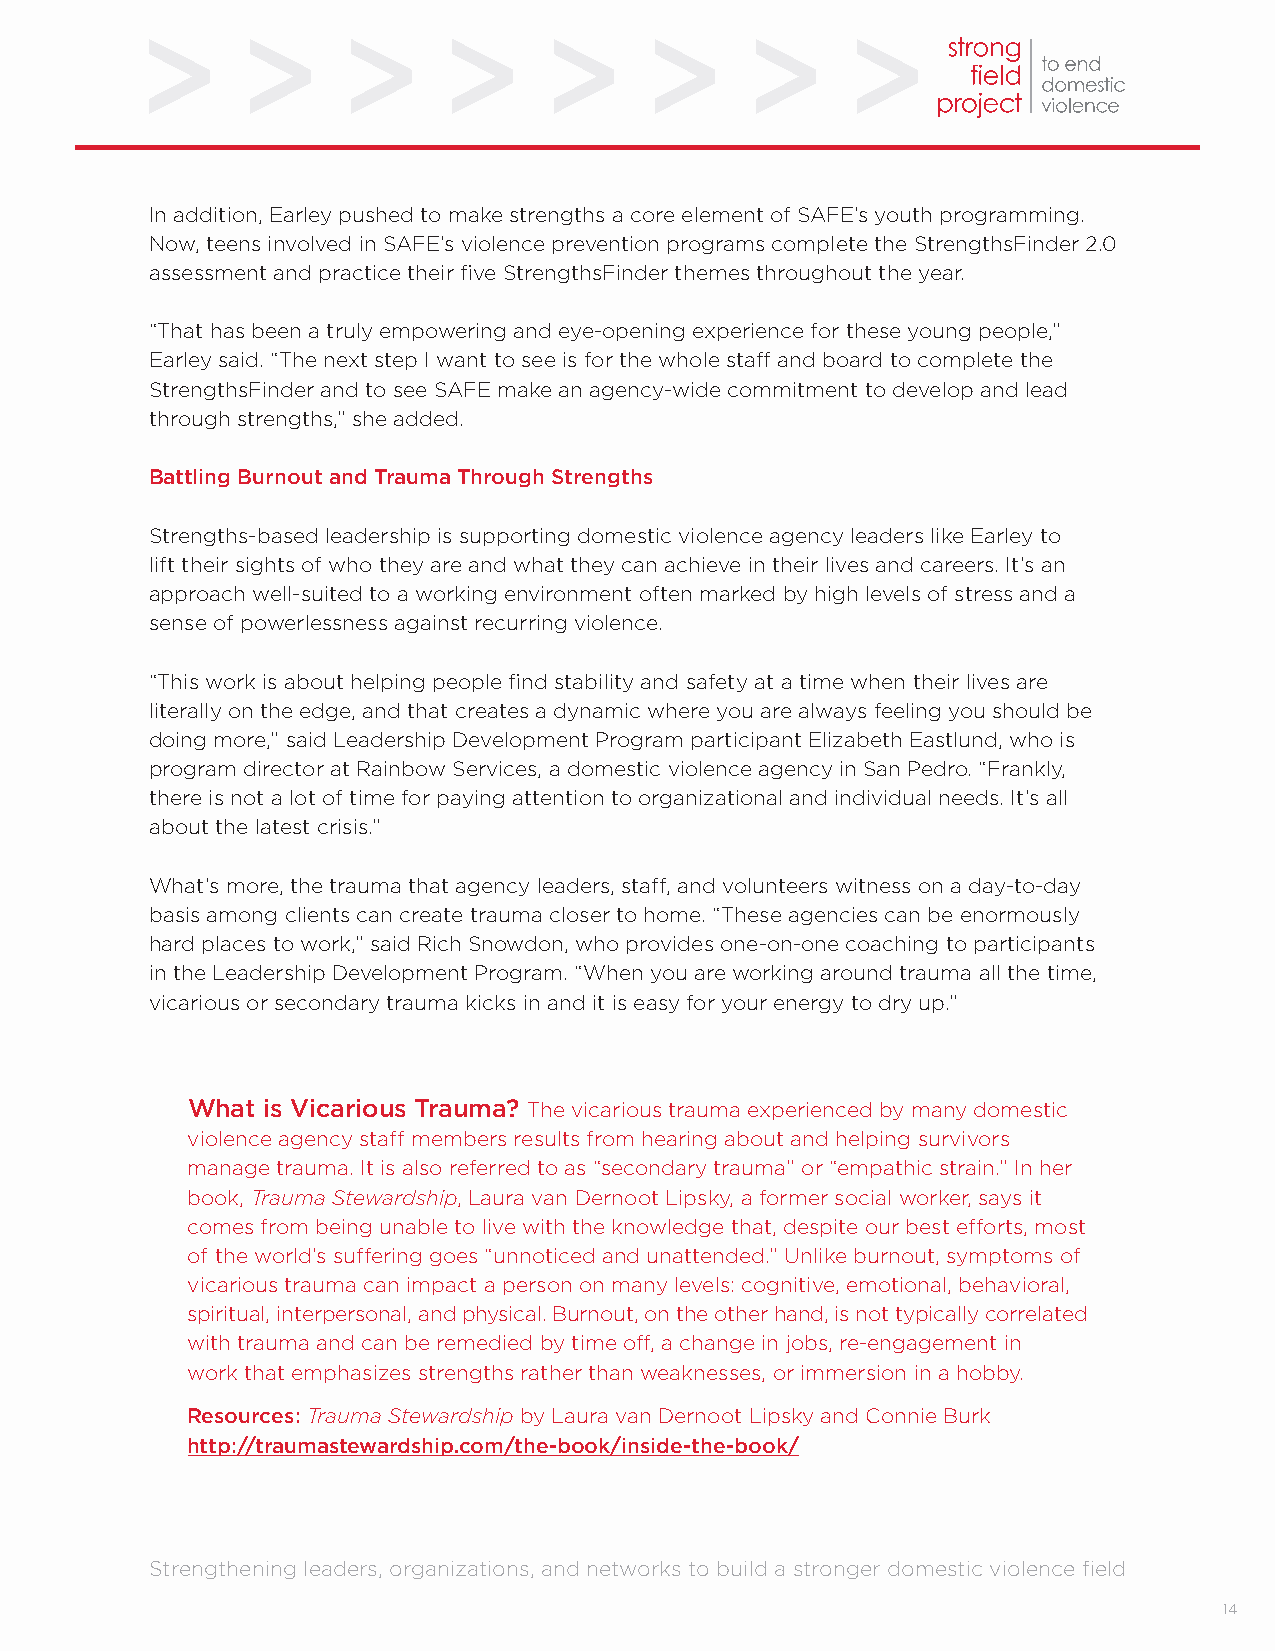
In addition, Earley pushed to make strengths a core element of SAFE’s youth programming.
 Now, teens involved in SAFE’s violence prevention programs complete the StrengthsFinder 2.0
 assessment and practice their five StrengthsFinder themes throughout the year.
 “That has been a truly empowering and eye-opening experience for these young people,”
 Earley said. “The next step I want to see is for the whole staff and board to complete the
 StrengthsFinder and to see SAFE make an agency-wide commitment to develop and lead
 through strengths,” she added.
 Battling Burnout and Trauma Through Strengths
 Strengths-based leadership is supporting domestic violence agency leaders like Earley to
 lift their sights of who they are and what they can achieve in their lives and careers. It’s an
 approach well-suited to a working environment often marked by high levels of stress and a
 sense of powerlessness against recurring violence.
 “This work is about helping people find stability and safety at a time when their lives are
 literally on the edge, and that creates a dynamic where you are always feeling you should be
 doing more,” said Leadership Development Program participant Elizabeth Eastlund, who is
 program director at Rainbow Services, a domestic violence agency in San Pedro. “Frankly,
 there is not a lot of time for paying attention to organizational and individual needs. It’s all
 about the latest crisis.”
 What’s more, the trauma that agency leaders, staff, and volunteers witness on a day-to-day
 basis among clients can create trauma closer to home. “These agencies can be enormously
 hard places to work,” said Rich Snowdon, who provides one-on-one coaching to participants
 in the Leadership Development Program. “When you are working around trauma all the time,
 vicarious or secondary trauma kicks in and it is easy for your energy to dry up.”
 What is Vicarious Trauma? The vicarious trauma experienced by many domestic
 violence agency staff members results from hearing about and helping survivors
 manage trauma. It is also referred to as “secondary trauma” or “empathic strain.” In her
 book, Trauma Stewardship, Laura van Dernoot Lipsky, a former social worker, says it
 comes from being unable to live with the knowledge that, despite our best efforts, most
 of the world’s suffering goes “unnoticed and unattended.” Unlike burnout, symptoms of
 vicarious trauma can impact a person on many levels: cognitive, emotional, behavioral,
 spiritual, interpersonal, and physical. Burnout, on the other hand, is not typically correlated
 with trauma and can be remedied by time off, a change in jobs, re-engagement in
 work that emphasizes strengths rather than weaknesses, or immersion in a hobby.
 Resources: Trauma Stewardship by Laura van Dernoot Lipsky and Connie Burk
 http://traumastewardship.com/the-book/inside-the-book/
 Strengthening leaders, organizations, and networks to build a stronger domestic violence field
 14